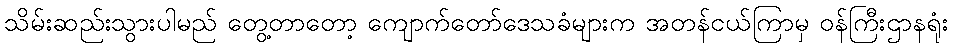
သိမ်းဆည်းသွားပါမည် တွေ့တာတော့ ကျောက်တော်ဒေသခံများက အတန်ငယ်ကြာမှ ဝန်ကြီးဌာနရုံး